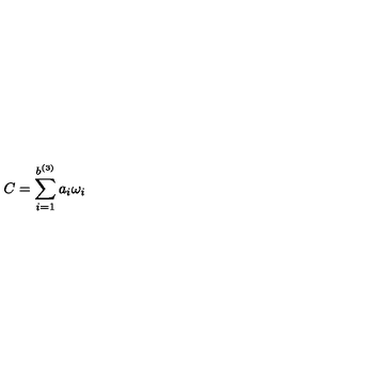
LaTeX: C = \displaystyle \sum _ { i = 1 } ^ { b ^ { ( 3 ) } } a _ { i } \omega _ { i }